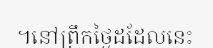
។នៅព្រឹកថ្ងៃដដែលនេះ